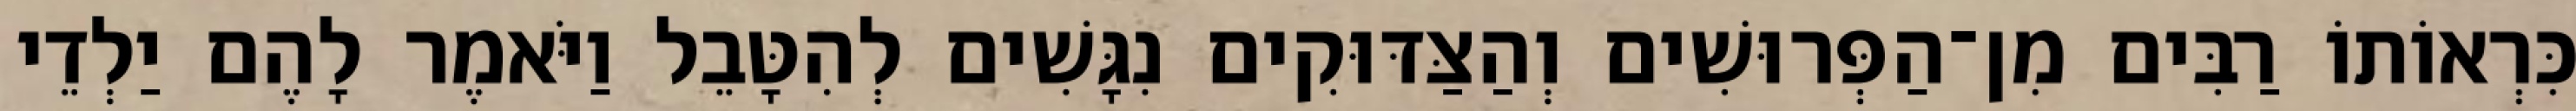
כִּרְאוֹתוֹ רַבִּים מִן־הַפְּרוּשִׁים וְהַצַּדּוּקִים נִגָּשִׁים לְהִטָּבֵל וַיֹּאמֶר לָהֶם יַלְדֵי